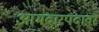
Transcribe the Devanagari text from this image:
आमदारपदावर